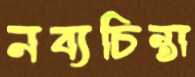
নব্যচিন্তা